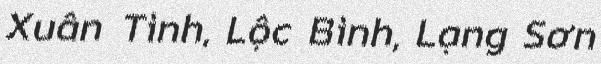
Xuân Tình, Lộc Bình, Lạng Sơn